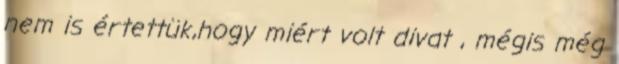
nem is értettük,hogy miért volt divat , mégis még